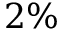
2 \%